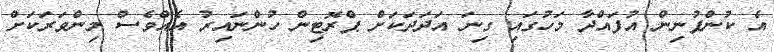
އެ ކުންފުނިން އުފައްދާ މަހުގައި ގިނަ އަދަދަކަށް ޕްރޮޓިން ހުންނައިރު އެއްވެސް މިންވަރަކަށް